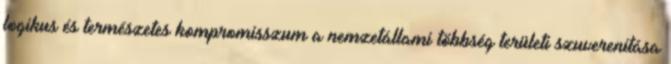
logikus és természetes kompromisszum a nemzetállami többség területi szuverenitása